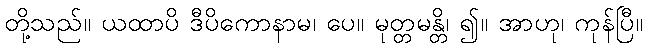
တို့သည်။ ယထာပိ ဒီပိကောနာမ၊ ပေ။ မုတ္တမန္တိ၊ ၍။ အာဟု၊ ကုန်ပြီ။